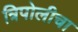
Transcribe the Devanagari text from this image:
त्रिपोलीचा